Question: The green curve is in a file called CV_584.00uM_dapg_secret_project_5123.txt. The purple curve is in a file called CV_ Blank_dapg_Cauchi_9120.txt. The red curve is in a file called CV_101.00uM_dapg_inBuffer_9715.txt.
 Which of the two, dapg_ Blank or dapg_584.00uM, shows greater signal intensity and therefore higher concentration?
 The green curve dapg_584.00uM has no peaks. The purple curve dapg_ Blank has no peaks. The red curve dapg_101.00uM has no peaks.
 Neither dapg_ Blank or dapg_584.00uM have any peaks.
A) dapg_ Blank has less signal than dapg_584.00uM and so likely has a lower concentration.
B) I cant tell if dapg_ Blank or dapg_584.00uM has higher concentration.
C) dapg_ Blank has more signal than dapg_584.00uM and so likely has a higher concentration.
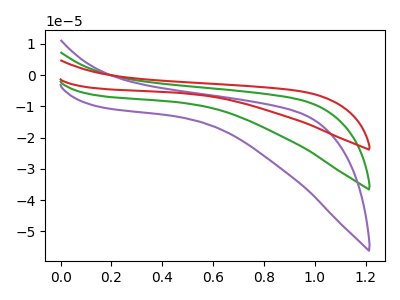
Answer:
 <answer>B) I cant tell if "dapg_ Blank" or "dapg_584.00uM" has higher concentration.</answer>
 <eval>B</eval>